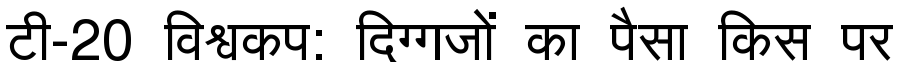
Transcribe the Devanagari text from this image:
टी-20 विश्वकप: दिग्गजों का पैसा किस पर